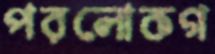
পরলোকগ